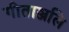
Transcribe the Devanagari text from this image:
गीताञ्जलि